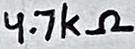
Text: 4.7kΩ